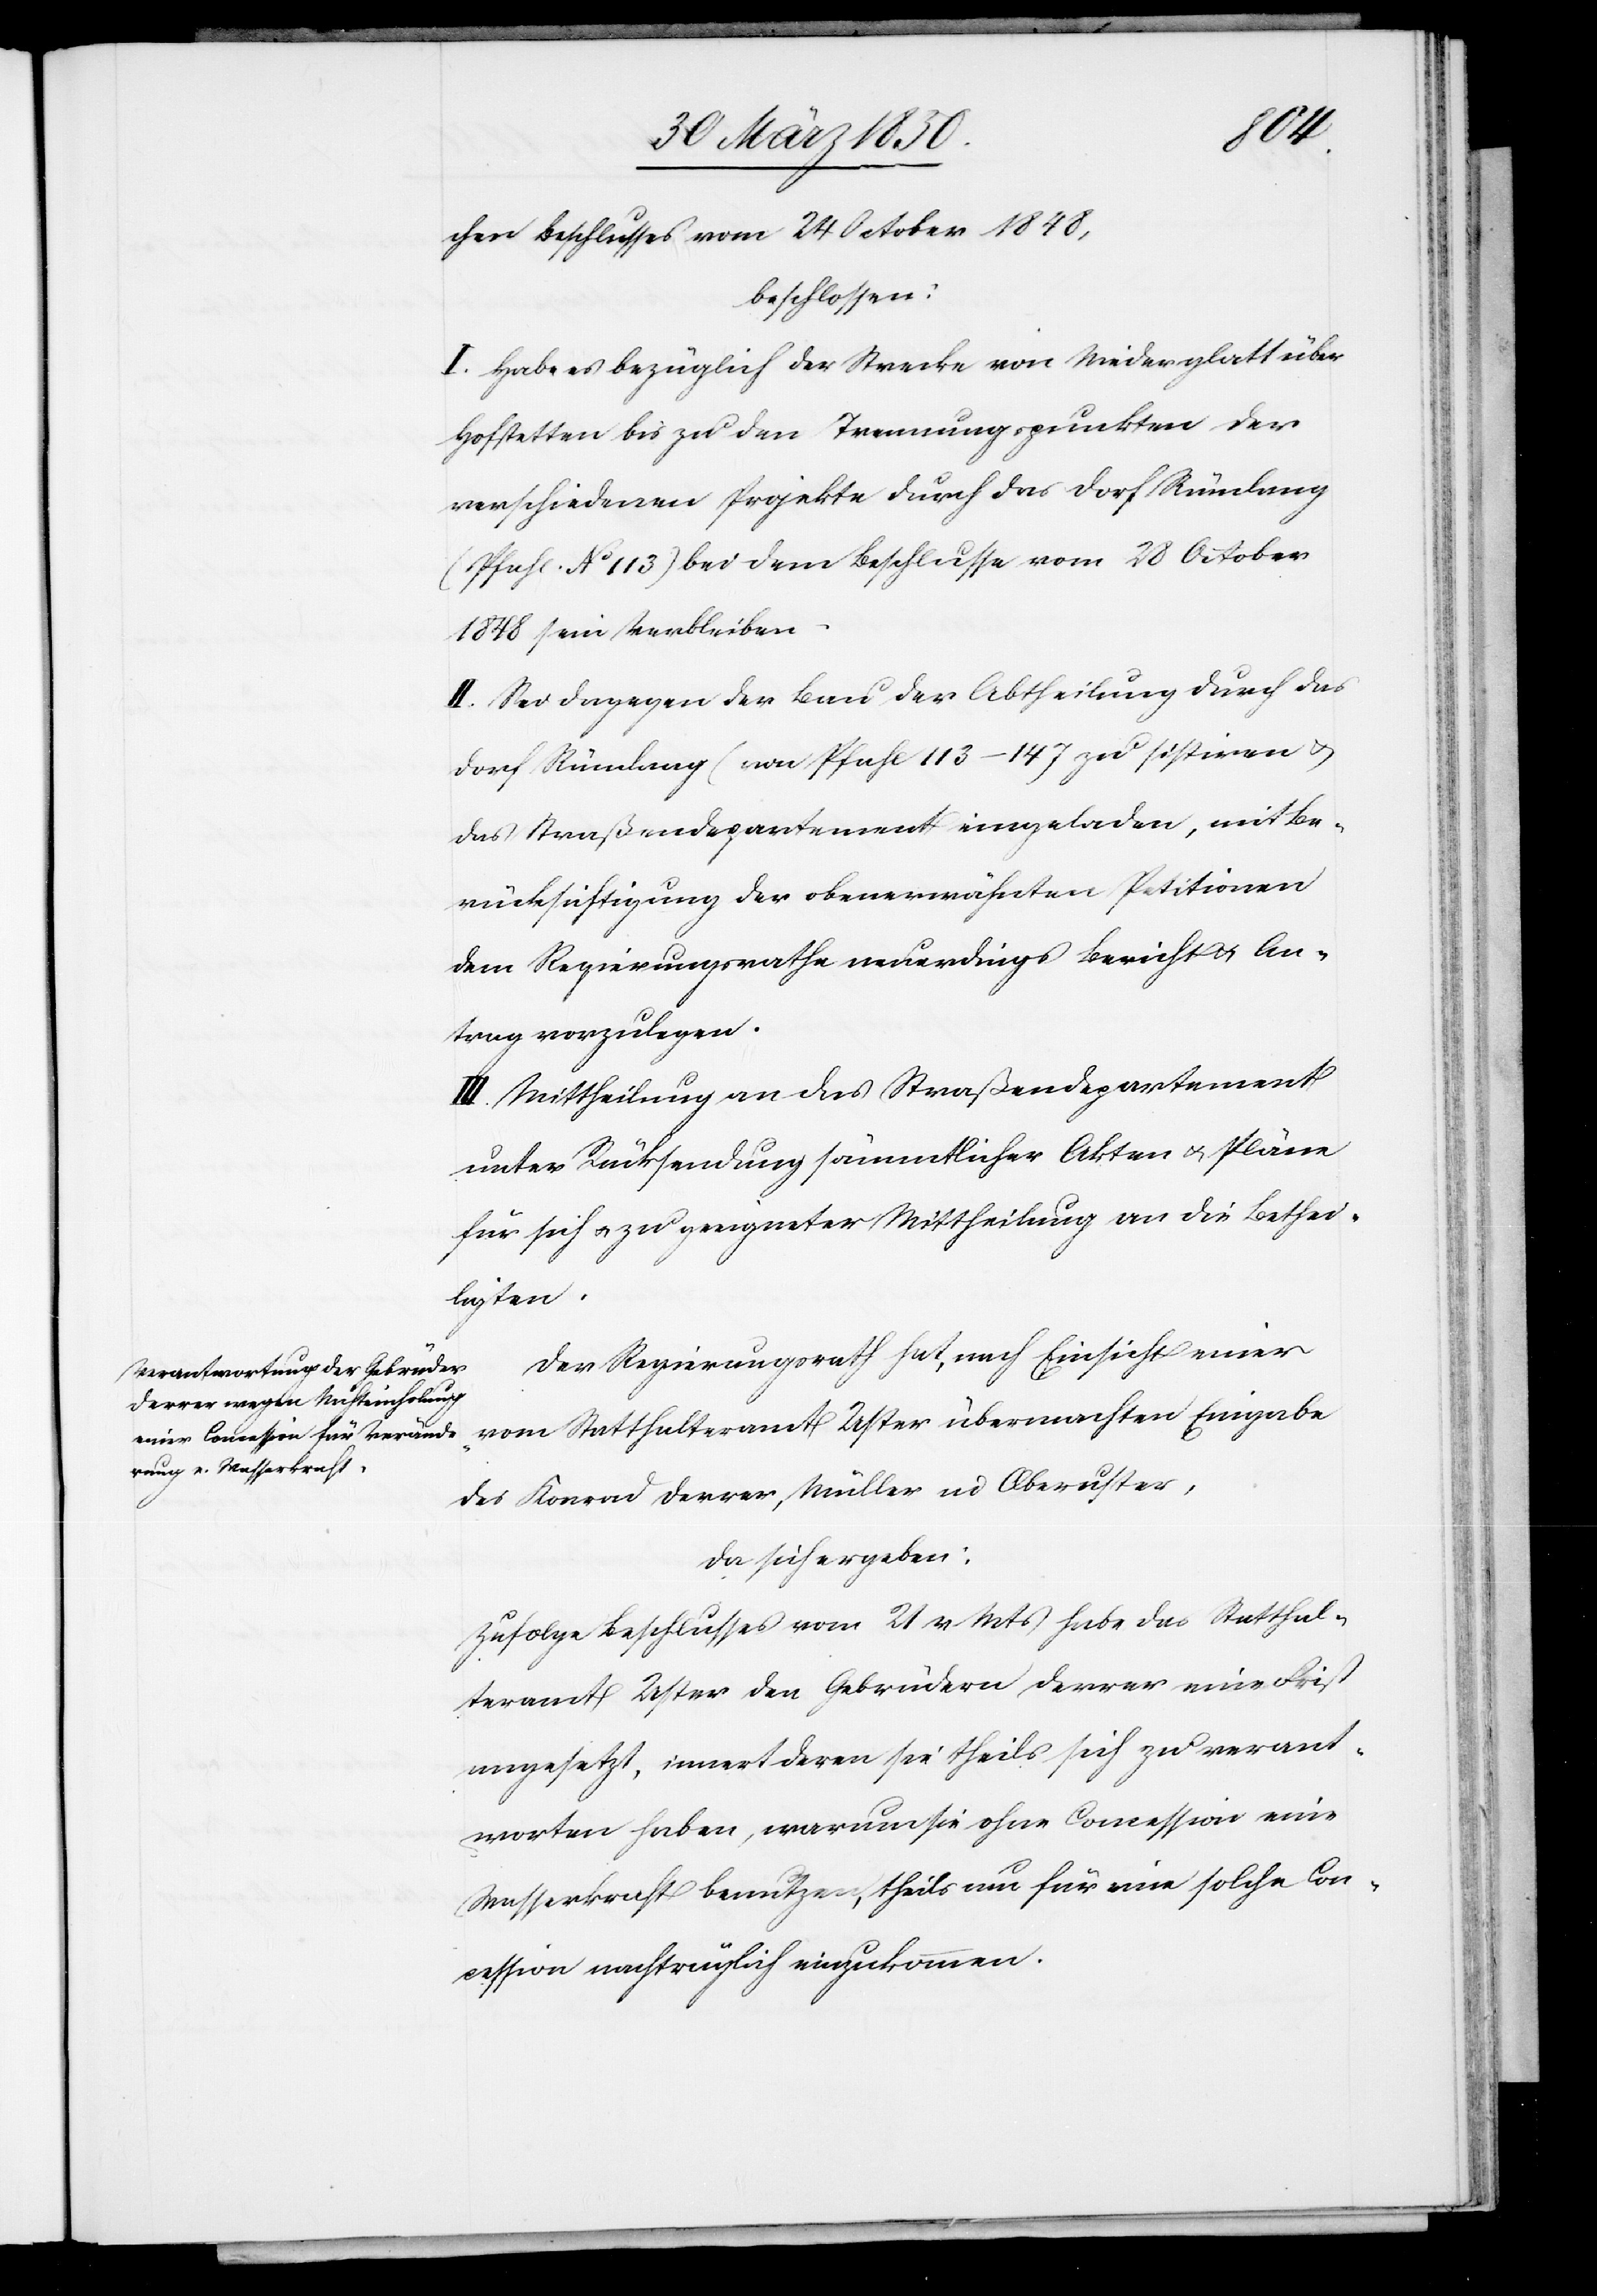
chen Beschlusses vom 24 October 1848,
beschlossen:
I. Habe es bezüglich der Strecke von Niederglatt über
Hofstetten bis zu den Trennungspunkten der
verschiedenen Projekte durch das Dorf Rümlang
(Pfahl No 113) bei dem Beschlusse vom 28 October
1848 sein Verbleiben
II. Sei dagegen der Bau der Abtheilung durch das
Dorf Rümlang (von Pfahl 113–147[)] zu sistiren u.
das Straßendepartement eingeladen, mit Be¬
rücksichtigung der obenerwähnten Petitionen
dem Regierungsrathe neuerdings Bericht u. An¬
trag vorzulegen.
III. Mittheilung an das Straßendepartement
unter Rücksendung sämmtlicher Akten u. Pläne
für sich u. zu geeigneter Mittheilung an die Bethei¬
ligten.
Der Regierungsrath hat, nach Einsicht einer
vom
des Konrad Derrer, Müller in Oberuster,
da sich ergeben:
Zufolge Beschlusses vom 21 v Mts habe das Statthal¬
teramt Uster den Gebrüdern Derrer eine Frist
angesetzt, innert deren sie theils sich zu verant¬
worten haben, warum sie ohne Concession eine
Wasserkraft benutzen, theils um für eine solche Con¬
cession nachträglich einzukommen.